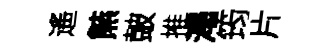
遙㷱皷推澠筠片